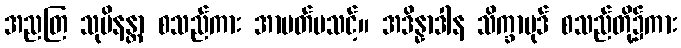
အညတြ သုပိနန္တာ စသည်ကား အာပတ်မသင့်။ အဒိန္နာဒါန သိက္ခာပုဒ် စသည်တို့၌ကား